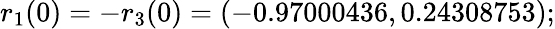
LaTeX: r_{1}(0)=-r_{3}(0)=(-0.97000436,0.24308753);